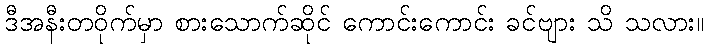
ဒီအနီးတဝိုက်မှာ စားသောက်ဆိုင် ကောင်းကောင်း ခင်ဗျား သိ သလား။